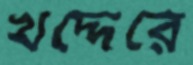
খদ্দেরে